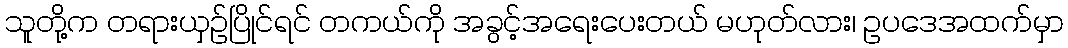
သူတို့က တရားယှဉ်ပြိုင်ရင် တကယ်ကို အခွင့်အရေးပေးတယ် မဟုတ်လား၊ ဥပဒေအထက်မှာ